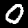
Label: 0